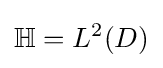
\mathbb {H} =L^{2}(D)